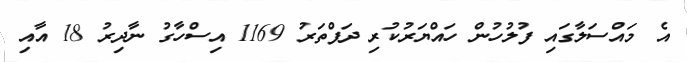
އެ މައްސަލާގައި ފުލުހުން ހައްޔަރުކުރި ދަފްތަރު 1169 އިސްހާގު ނާދިރު 18 އާއި